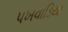
પખવાડિયા